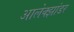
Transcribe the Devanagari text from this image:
आलेक्झांडर